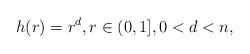
LaTeX: \begin{align*}h(r)=r^d,r\in (0,1],0< d< n,\end{align*}